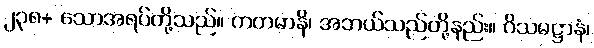
၂၃၈+ သောအရပ်တို့သည်။ ကတမာနိ၊ အဘယ်သည်တို့နည်း။ ဝိသမဋ္ဌာနံ၊